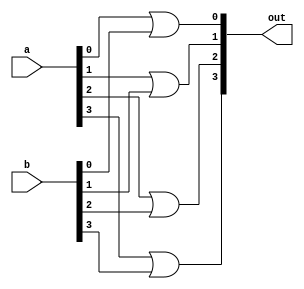
module _4bit_or(a, b, out);

input [3:0] a, b;
output [3:0] out;

or or1(out[0], a[0], b[0]);
or or2(out[1], a[1], b[1]);
or or3(out[2], a[2], b[2]);
or or4(out[3], a[3], b[3]);

endmodule


module _16bit_or(a, b, out);

input [15:0] a, b;
output [15:0] out;

_4bit_or or1( a[3:0], b[3:0], out[3:0]);
_4bit_or or2(a[7:4], b[7:4], out[7:4]);
_4bit_or or3(a[11:8], b[11:8], out[11:8]);
_4bit_or or4(a[15:12], b[15:12], out[15:12]);

endmodule

module _32bit_or(a, b, out);

input [31:0] a, b;
output [31:0] out;

_16bit_or or1(a[15:0], b[15:0], out[15:0]);
_16bit_or or2(a[31:16], b[31:16], out[31:16]);

endmodule